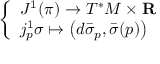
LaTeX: \left\{ \begin{array} { l l } { J ^ { 1 } ( \pi ) \to T ^ { * } M \times \mathbf { R } } \\ { j _ { p } ^ { 1 } \sigma \mapsto \left( d { \bar { \sigma } } _ { p } , { \bar { \sigma } } ( p ) \right) } \end{array} \right.